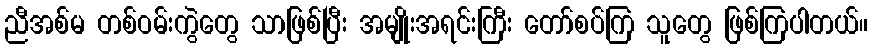
ညီအစ်မ တစ်ဝမ်းကွဲတွေ သာဖြစ်ပြီး အမျိုးအရင်းကြီး တော်စပ်ကြ သူတွေ ဖြစ်ကြပါတယ်။